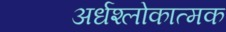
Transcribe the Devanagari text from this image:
अर्धश्लोकात्मक